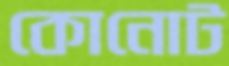
কোনোট